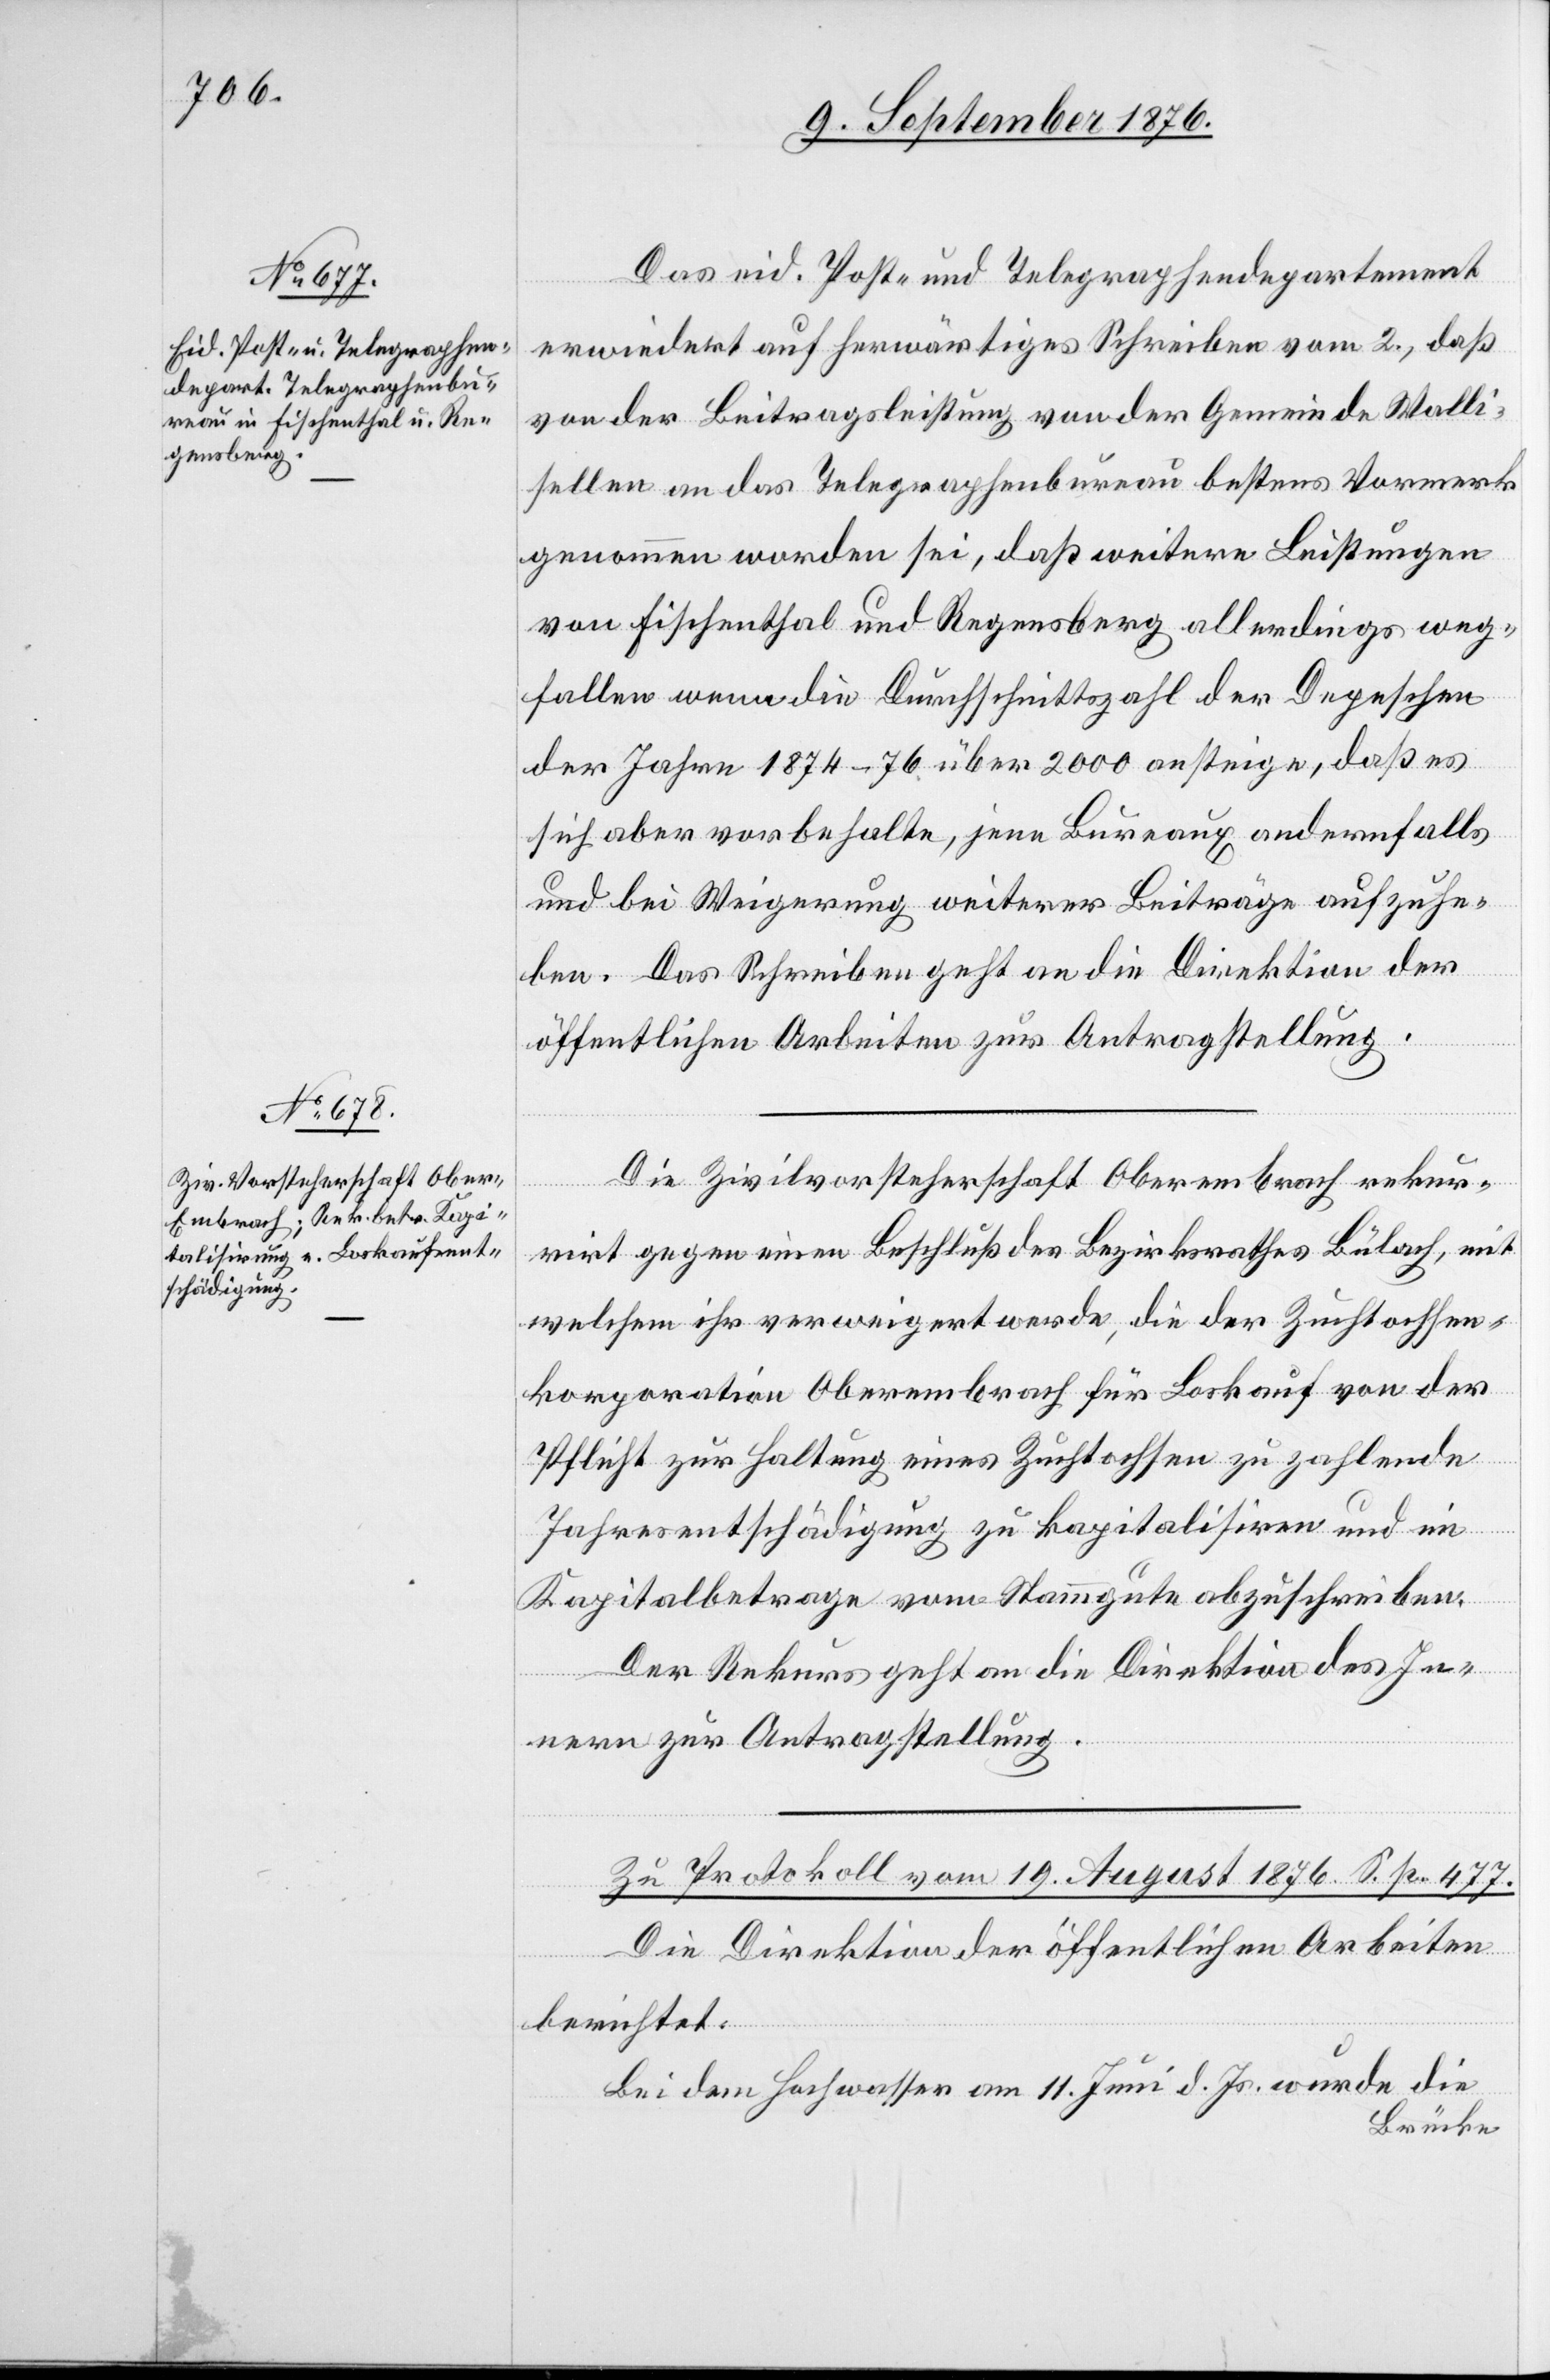
9. September 1876.]
Das eid. Post- und Telegraphendepartement
erwiedert auf herwärtiges Schreiben vom 2., daß
von der Beitragsleistung von der Gemeinde Walli¬
sellen an das Telegraphenbureau bestens Vormerk
genommen worden sei, daß weitere Leistungen
von Fischenthal und Regensberg allerdings weg¬
fallen wenn die Durchschnittszahl der Depeschen
der Jahre 1874–76 über 2000 ansteige, daß es
sich aber vorbehalte, jene Bureaux andernfalls
und die Weigerung weiterer Beiträge aufzuhe¬
ben. Das Schreiben geht an die Direktion der
öffentlichen Arbeiten zur Antragstellung.
Die Zivilvorsteherschaft Oberembrach rekur¬
rirt gegen einen Beschluß des Bezirksrathes Bülach, mit
welchem ihr verweigert werde, die der Zuchtochsen¬
korporation Oberembrach für Loskauf von der
Pflicht zur Haltung eines Zuchtochsen zu zahlende
Jahresentschädigung zu kapitalisiren und im
Kapitalbetrage vom Stammgute abzuschreiben.
Der Rekurs geht an die Direktion des In¬
nern zur Antragstellung.
Zu Protokoll vom 19. August 1876. S. p. 477.
Die Direktion der öffentlichen Arbeiten
berichtet:
Bei dem Hochwasser am 11. Juni d. Js. wurde die
Brücke